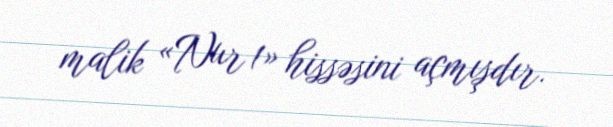
malik «Nur 1» hissəsini açmışdır.